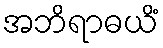
အဘိရာဓယိံ